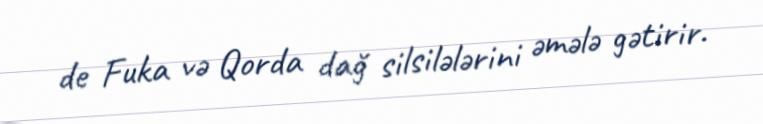
de Fuka və Qorda dağ silsilələrini əmələ gətirir.